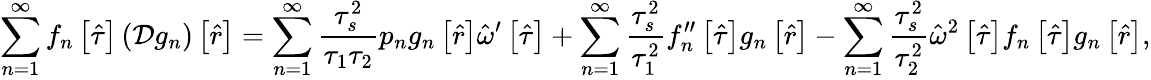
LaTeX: \sum_{n=1}^{\infty}f_{n}\left[\hat{\tau}\right]\left(\mathcal{D}g_{n}\right)\left[\hat{r}\right]=\sum_{n=1}^{\infty}\frac{\tau_{s}^{2}}{\tau_{1}\tau_{2}}p_{n}g_{n}\left[\hat{r}\right]\hat{\omega}^{\prime}\left[\hat{\tau}\right]+\sum_{n=1}^{\infty}\frac{\tau_{s}^{2}}{\tau_{1}^{2}}f_{n}^{\prime\prime}\left[\hat{\tau}\right]g_{n}\left[\hat{r}\right]-\sum_{n=1}^{\infty}\frac{\tau_{s}^{2}}{\tau_{2}^{2}}\hat{\omega}^{2}\left[\hat{\tau}\right]f_{n}\left[\hat{\tau}\right]g_{n}\left[\hat{r}\right],